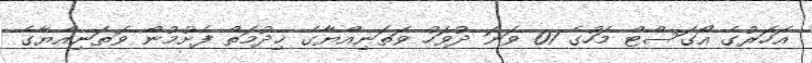
އަހަރުގެ އޯގަސްޓް މަހުގެ 01 ވަނަ ދުވަހު ވަތަނިއްޔާގެ ޚިދުމަތް ފެށުމުން ވަތަނިއްޔާގެ